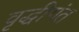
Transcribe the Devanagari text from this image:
वृद्धीगंत